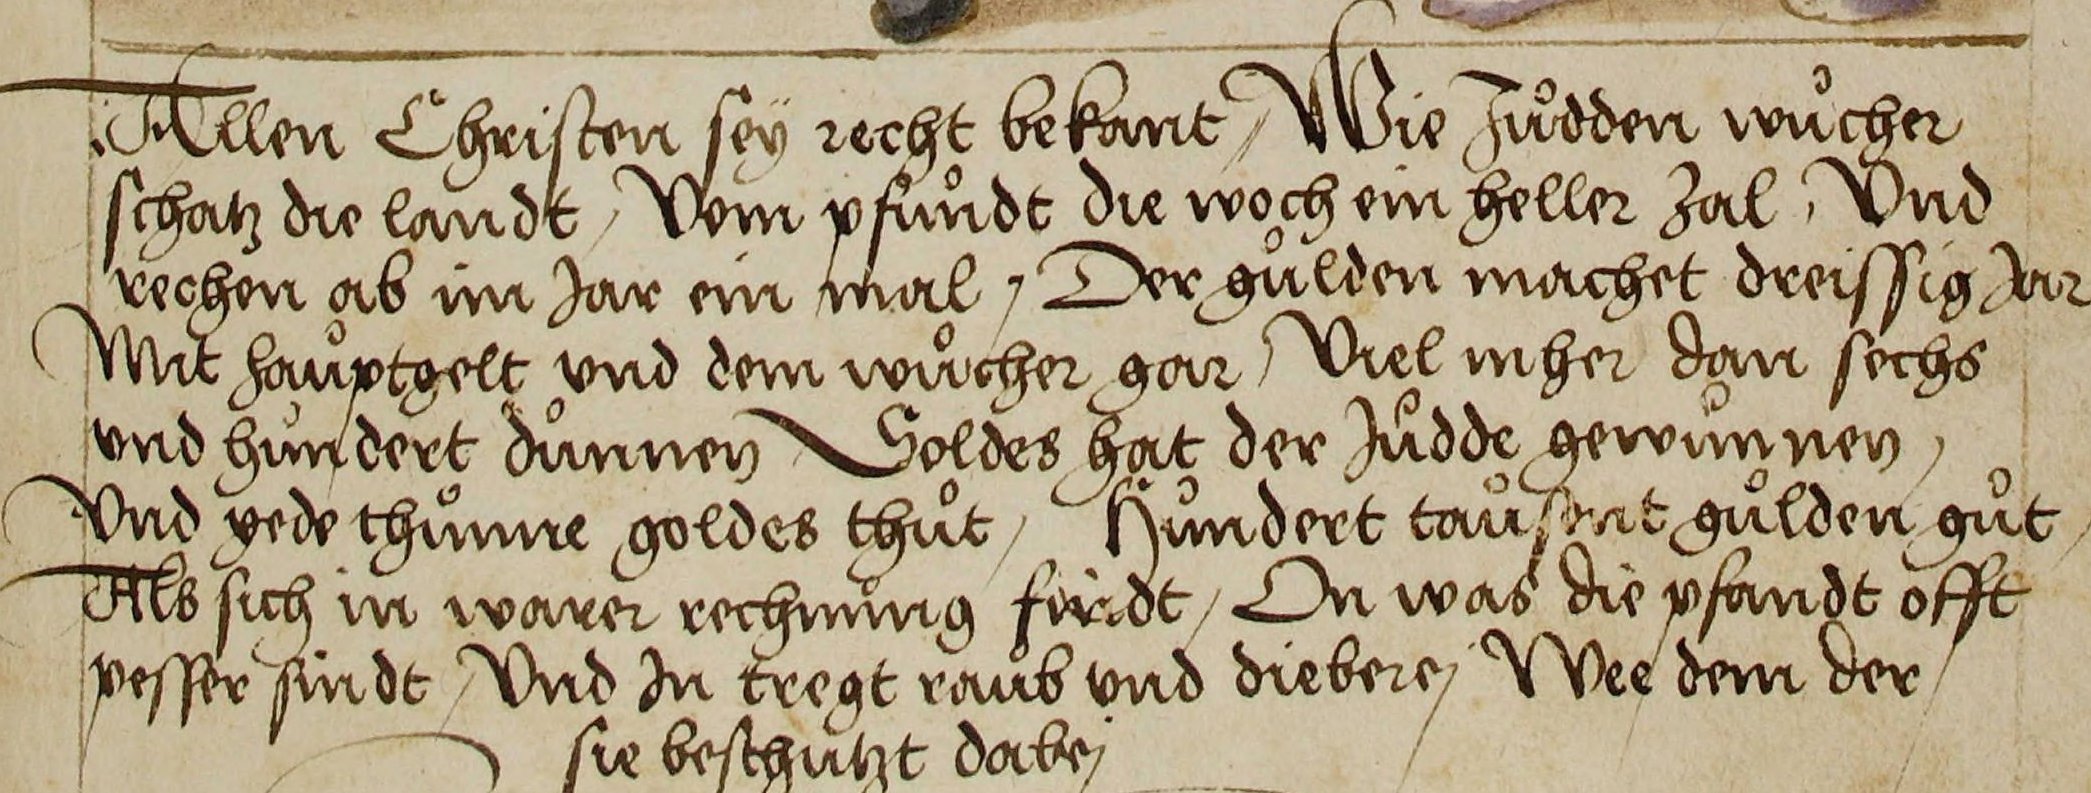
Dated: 1515–1555